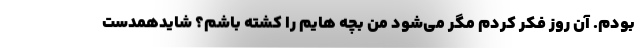
بودم. آن روز فکر کردم مگر می‌شود من بچه هایم را کشته باشم؟ شایدهمدست